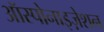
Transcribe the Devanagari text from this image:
ऑस्पोनाइज़ेशन